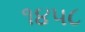
૧૪૫૮